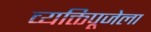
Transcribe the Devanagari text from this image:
व्यक्तिपूजेला